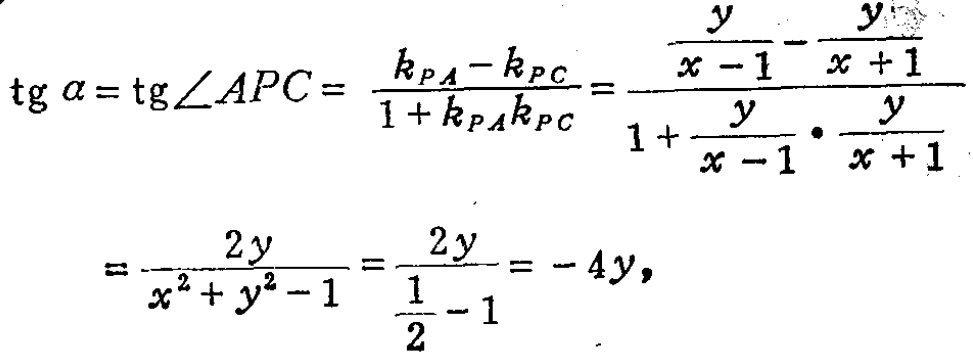
\[\begin{align*}
\operatorname{tg}\alpha&=\operatorname{tg}\angle APC = \frac{k_{PA}-k_{PC}}{1 + k_{PA}k_{PC}}=\frac{\frac{y}{x - 1}-\frac{y}{x + 1}}{1+\frac{y}{x - 1}\cdot\frac{y}{x + 1}}\\
&=\frac{2y}{x^{2}+y^{2}-1}=\frac{2y}{\frac{1}{2}-1}=-4y,
\end{align*}\]